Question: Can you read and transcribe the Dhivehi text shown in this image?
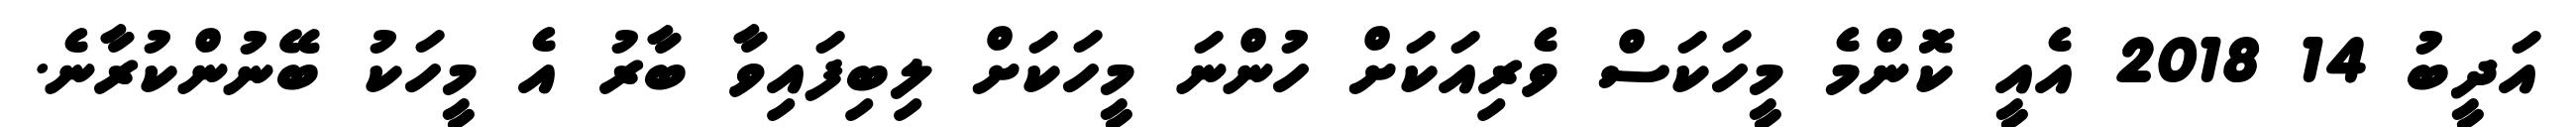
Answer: އަދީބު 14 2018 އެއީ ކޮންމެ މީހަކަސް ވެރިއަކަށް ހުންނަ މީހަކަށް ލިބިފައިވާ ބާރު އެ މީހަކު ބޭނުންކުރާނެ.